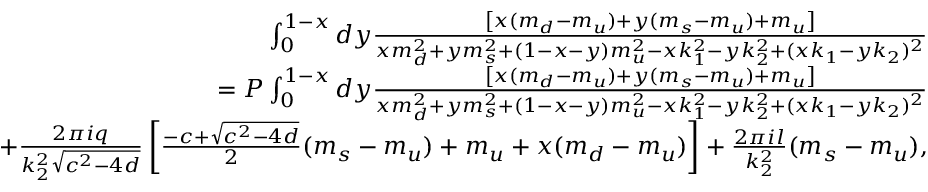
\begin{array} { r l r } & { } & { \int _ { 0 } ^ { 1 - x } d y \frac { \left[ x ( m _ { d } - m _ { u } ) + y ( m _ { s } - m _ { u } ) + m _ { u } \right] } { x m _ { d } ^ { 2 } + y m _ { s } ^ { 2 } + ( 1 - x - y ) m _ { u } ^ { 2 } - x k _ { 1 } ^ { 2 } - y k _ { 2 } ^ { 2 } + ( x k _ { 1 } - y k _ { 2 } ) ^ { 2 } } } \\ & { } & { = P \int _ { 0 } ^ { 1 - x } d y \frac { \left[ x ( m _ { d } - m _ { u } ) + y ( m _ { s } - m _ { u } ) + m _ { u } \right] } { x m _ { d } ^ { 2 } + y m _ { s } ^ { 2 } + ( 1 - x - y ) m _ { u } ^ { 2 } - x k _ { 1 } ^ { 2 } - y k _ { 2 } ^ { 2 } + ( x k _ { 1 } - y k _ { 2 } ) ^ { 2 } } } \\ & { } & { + \frac { 2 \pi i q } { k _ { 2 } ^ { 2 } \sqrt { c ^ { 2 } - 4 d } } \left[ \frac { - c + \sqrt { c ^ { 2 } - 4 d } } { 2 } ( m _ { s } - m _ { u } ) + m _ { u } + x ( m _ { d } - m _ { u } ) \right] + \frac { 2 \pi i l } { k _ { 2 } ^ { 2 } } ( m _ { s } - m _ { u } ) , } \end{array}